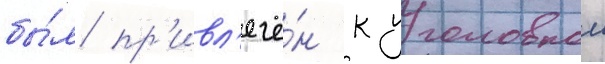
бы́л пр'ивл'ечё́н к уголовнои